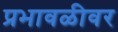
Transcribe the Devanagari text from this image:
प्रभावळीवर